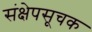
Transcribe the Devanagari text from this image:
संक्षेपसूचक